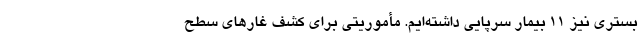
بستری نیز ۱۱ بیمار سرپایی داشته‌ایم. مأموریتی برای کشف غارهای سطح